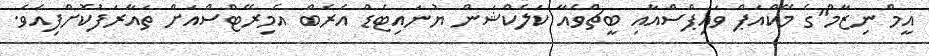
އީމް ނިޒާމް"ގެ މޭކްއަޕް ވައިޕްސްއާއި ބީޗްވެއާ ކަލެކްޝަން ޔުނައިޓެޑް އެރެބް އެމިރޭޓްސްއަށް ތައާރަފުކޮށްފިއެވެ.